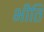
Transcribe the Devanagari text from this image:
भींति